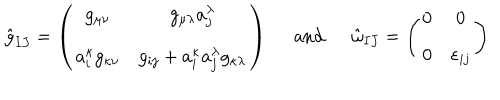
LaTeX: \begin{array} { c c c } { { \hat { g } _ { I J } = \left( \begin{array} { c c } { { g _ { \mu \nu } } } & { { g _ { \mu \lambda } a _ { j } ^ { \lambda } } } \\ { { a _ { i } ^ { \kappa } g _ { \kappa \nu } } } & { { g _ { i j } + a _ { i } ^ { \kappa } a _ { j } ^ { \lambda } g _ { \kappa \lambda } } } \\ \end{array} \right) } } & { { \ \ \mathrm { a n d } \ \ } } & { { \hat { \omega } _ { I J } = \left( \begin{array} { c c } { { 0 } } & { { 0 } } \\ { { 0 } } & { { \varepsilon _ { i j } } } \\ \end{array} \right) } } \\ \end{array}